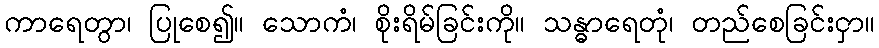
ကာရေတွာ၊ ပြုစေ၍။ သောကံ၊ စိုးရိမ်ခြင်းကို။ သန္ဓာရေတုံ၊ တည်စေခြင်းငှာ။